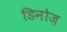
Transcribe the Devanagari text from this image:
डिनोज़